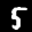
Label: 5